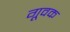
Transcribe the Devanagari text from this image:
गूवक